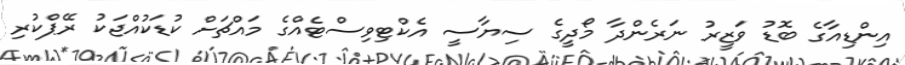
އިންޑިއާގެ ބޮޑު ވަޒީރު ނަރެންދާ މޯދީގެ ސިޔާސީ އެކްޓިވިސްޓެއްގެ މައްޗަށް ކުޑަކުއްޖަކު ރޭޕްކުރި